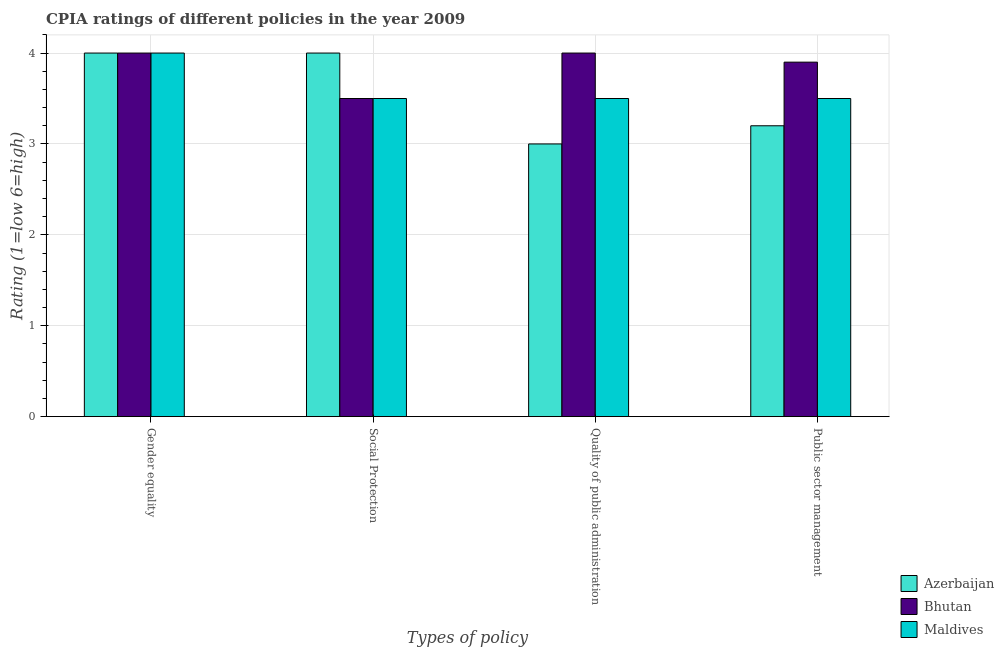
| Types of policy | Azerbaijan | Bhutan | Maldives |
 | --- | --- | --- | --- |
 | Gender equality | 4 | 4 | 4 |
 | Social Protection | 4 | 3.5 | 3.5 |
 | Quality of public administration | 3 | 4 | 3.5 |
 | Public sector management | 3.2 | 3.9 | 3.5 |